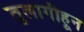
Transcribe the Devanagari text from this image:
तुलागीहून